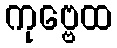
ကုဗ္ဗေထ